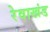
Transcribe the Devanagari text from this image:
रेवाखंड